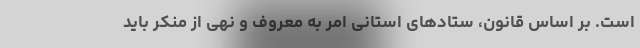
است. بر اساس قانون، ستادهای استانی امر به معروف و نهی از منکر باید